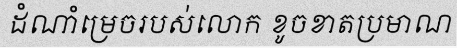
ដំណាំម្រេចរបស់លោក ខូចខាតប្រមាណ